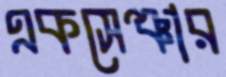
একসেঞ্চার